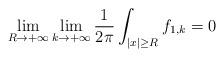
LaTeX: \begin{align*}\lim_{R \to +\infty} \lim_{k \to +\infty} \frac{1}{2\pi} \int_{\vert x \vert \geq R} f_{1,k} = 0\end{align*}